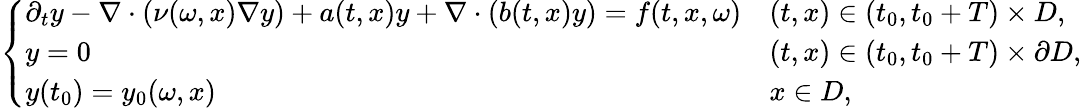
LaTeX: \left\{ \begin{array}{ll}{\partial_{t}y-\nabla\cdot(\nu(\omega,x)\nabla y)+a(t,x)y+\nabla\cdot(b(t,x)y)=f(t,x,\omega)}&{(t,x)\in(t_{0},t_{0}+T)\times D,}\\ {y=0}&{(t,x)\in(t_{0},t_{0}+T)\times\partial D,}\\ {y(t_{0})=y_{0}(\omega,x)}&{x\in D,}\end{array}\right.